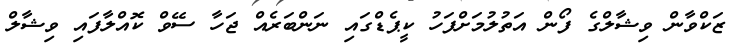
ޒަކްވާން ވިޝާލްގެ ފޯން އަތުލުމަށްފަހު ކީޕެޑްގައި ނަންބަރެއް ޖަހާ ސޭވް ކޮއްލާފައި ވިޝާލް